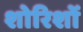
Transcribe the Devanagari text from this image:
शोरिशों